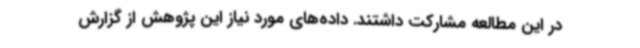
در این مطالعه مشارکت داشتند. داده‌های مورد نیاز این پژوهش از گزارش